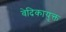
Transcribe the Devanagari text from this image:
वेदिकायुक्त